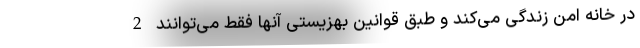
در خانه امن زندگی می‌کند و طبق قوانین بهزیستی آنها فقط می‌توانند 2